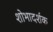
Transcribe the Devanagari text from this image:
शोभादर्शक